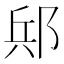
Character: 𨛪